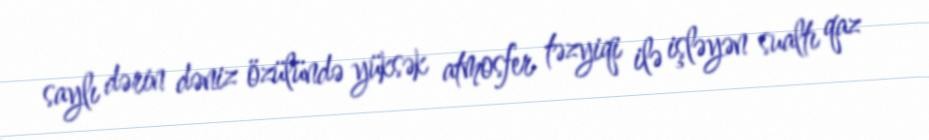
saylı dərin dəniz özülündə yüksək atmosfer təzyiqi ilə işləyən sualtı qaz